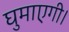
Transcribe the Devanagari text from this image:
घुमाएगी।